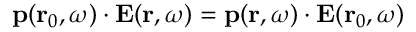
{ \bf p } ( { \bf r } _ { 0 } , \omega ) \cdot { \bf E } ( { \bf r } , \omega ) = { \bf p } ( { \bf r } , \omega ) \cdot { \bf E } ( { \bf r } _ { 0 } , \omega )